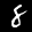
Label: 8